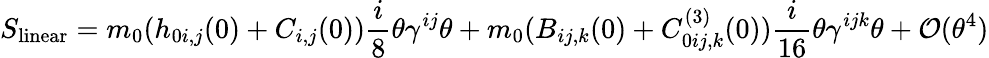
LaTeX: S_{\mathrm{linear}}=m_{0}(h_{0i,j}(0)+C_{i,j}(0)){\frac{i}{8}}\theta\gamma^{ij}\theta+m_{0}(B_{ij,k}(0)+C_{0ij,k}^{(3)}(0)){\frac{i}{16}}\theta\gamma^{ijk}\theta+{\cal O}(\theta^{4})